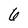
Character: 6